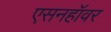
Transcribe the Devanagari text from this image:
एसनहॉवर